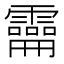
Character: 𩆚